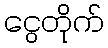
ငွေတိုက်